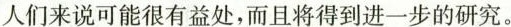
人们来说可能很有益处,而且将得到进一步的研究.